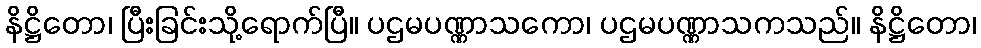
နိဋ္ဌိတော၊ ပြီးခြင်းသို့ရောက်ပြီ။ ပဌမပဏ္ဏာသကော၊ ပဌမပဏ္ဏာသကသည်။ နိဋ္ဌိတော၊